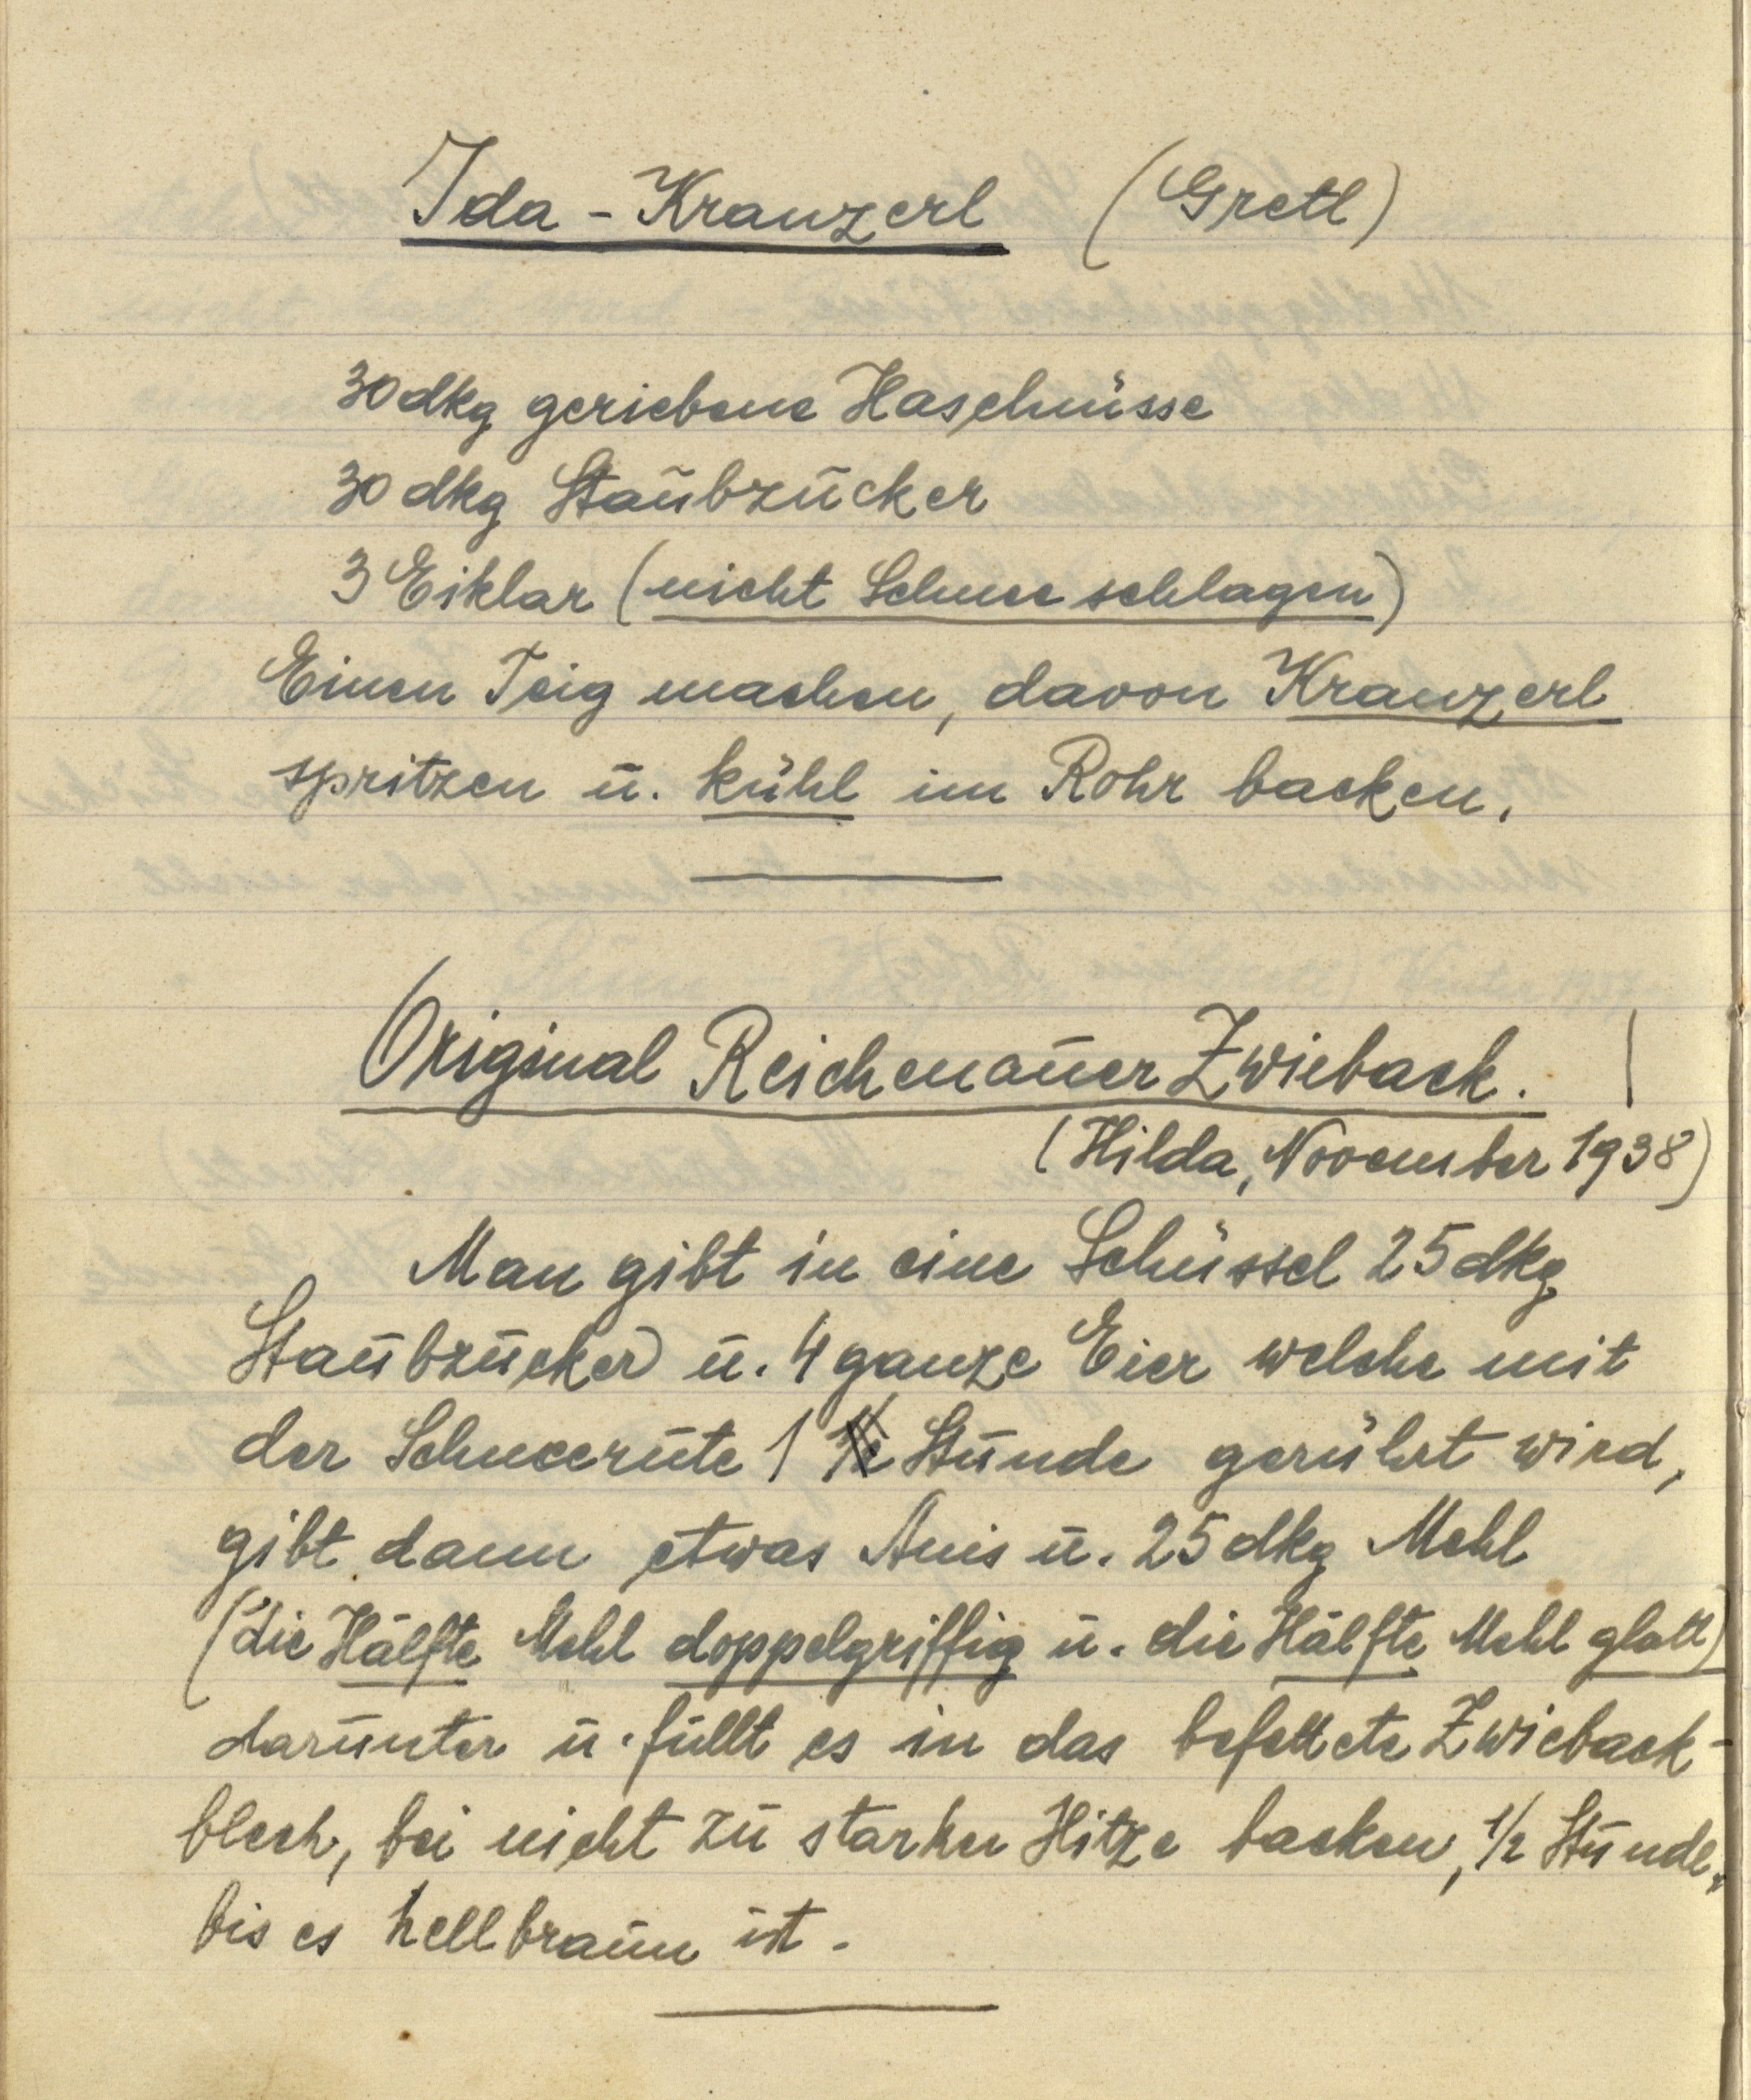
Ida — Kranzerl (Gretl)

30 dkg geriebene Haselnüsse
30 dkg Staubzucker
3 Eiklar (nicht Schnee schlagen)
Einen Teig machen, davon Kranzerl
spritzen u. kühl im Rohr backen.

Original Reichenauer Zwieback.
(Hilda, November 1938)
man gibt in eine Schüssel 25 dkg
Staubzucker u. 4 ganze Eier welche mit
der Schneerute 1 ½ Stunde gerührt wird,
gibt dann etwas Anis u. 25 dkg Mehl
(die Hälfte Mehl doppelgriffig u. die Hälfte Mehl glatt)
darunter u. füllt es in das befettete Zwieback¬
blech, bei nicht zu starker Hitze backen, ½ Stunde,
bis es hellbraun ist.